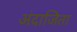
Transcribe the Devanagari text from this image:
अंदाजिता